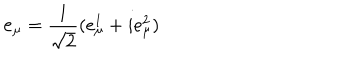
\mathbf { e } _ { \mu } = \frac { 1 } { \sqrt 2 } ( e _ { \mu } ^ { 1 } + i e _ { \mu } ^ { 2 } )